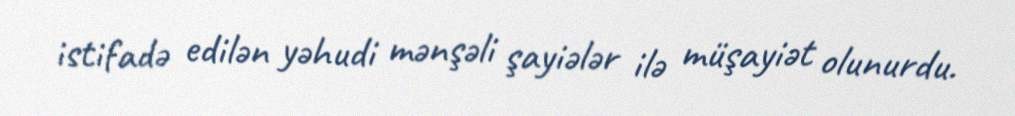
istifadə edilən yəhudi mənşəli şayiələr ilə müşayiət olunurdu.